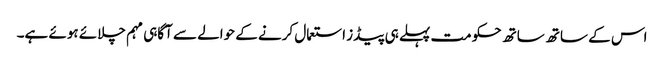
اس کے ساتھ ساتھ حکومت پہلے ہی پیڈز استعمال کرنے کے حوالے سے آگاہی مہم چلائے ہوئے ہے۔